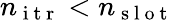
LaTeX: n_{\mathrm{~i~t~r~}}<n_{\mathrm{~s~l~o~t~}}